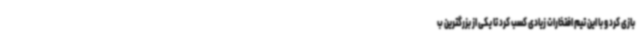
بازی کرد و با این تیم افتخارات زیادی کسب کرد تا یکی از بزرگترین ب